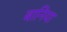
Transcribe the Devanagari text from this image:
बानिया